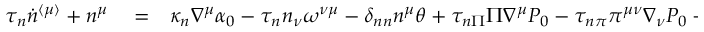
\begin{array} { r l r } { \tau _ { n } \dot { n } ^ { \langle \mu \rangle } + n ^ { \mu } } & { { } = } & { \kappa _ { n } \nabla ^ { \mu } \alpha _ { 0 } - \tau _ { n } n _ { \nu } \omega ^ { \nu \mu } - \delta _ { n n } n ^ { \mu } \theta + \tau _ { n \Pi } \Pi \nabla ^ { \mu } P _ { 0 } - \tau _ { n \pi } \pi ^ { \mu \nu } \nabla _ { \nu } P _ { 0 } - \ell _ { n \Pi } \nabla ^ { \mu } \Pi + } \end{array}